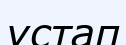
үстап